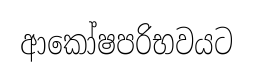
ආකෝෂපරිභවයට